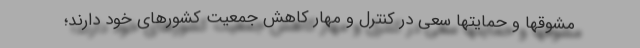
مشوقها و حمایتها سعی در کنترل و مهار کاهش جمعیت کشورهای خود دارند؛